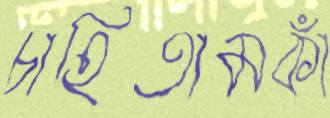
চাহিতামকাঁ